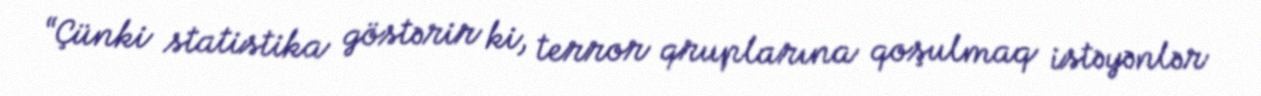
“Çünki statistika göstərir ki, terror qruplarına qoşulmaq istəyənlər